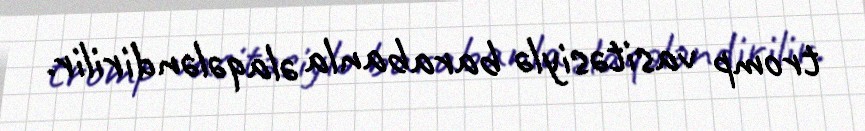
tromp vasitəsiylə barabanla əlaqələndirilir.